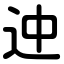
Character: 迚